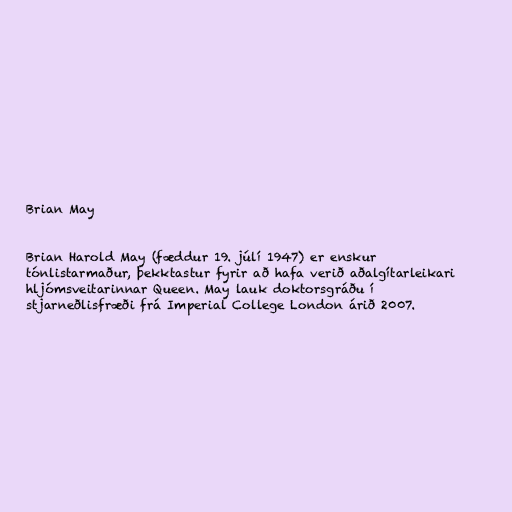
Brian May

Brian Harold May (fæddur 19. júlí 1947) er enskur
tónlistarmaður, þekktastur fyrir að hafa verið aðalgítarleikari
hljómsveitarinnar Queen. May lauk doktorsgráðu í
stjarneðlisfræði frá Imperial College London árið 2007.